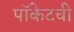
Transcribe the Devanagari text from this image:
पॉकेटची